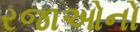
રજાઓનો